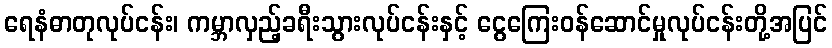
ရေနံဓာတုလုပ်ငန်း၊ ကမ္ဘာလှည့်ခရီးသွားလုပ်ငန်းနှင့် ငွေကြေးဝန်ဆောင်မှုလုပ်ငန်းတို့အပြင်